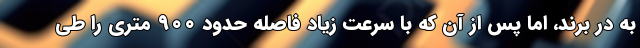
به در برند، اما پس از آن که با سرعت زیاد فاصله حدود ۹۰۰ متری را طی